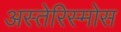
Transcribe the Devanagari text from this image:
अस्तेरिस्मोस